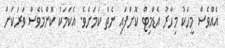
އެއްވެސް މީހަކު މިހާރު އެޑްމިޓް ކޮށްފައި ނެތް ކަމަށެވެ. އެކަމަކު ކޮންމެވެސް ވަރަކަށް